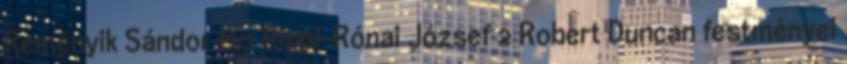
Reményik Sándor 80 Rippl-Rónai József 2 Robert Duncan festményei